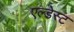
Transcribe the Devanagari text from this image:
एल्डेस्ट